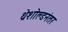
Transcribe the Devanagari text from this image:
थ्रेशोल्डनंतर